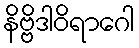
နိဗ္ဗိဒါဝိရာဂေါ